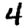
Digit: 4